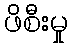
ဖိစီးမှု